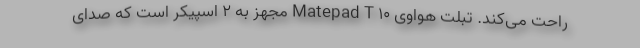
راحت می‌کند. تبلت هواوی Matepad T 10 مجهز به 2 اسپیکر است که صدای